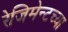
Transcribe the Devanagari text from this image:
रेजिमेन्टच्या